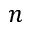
n